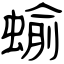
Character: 蝓